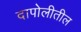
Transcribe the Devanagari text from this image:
दापोलीतील